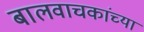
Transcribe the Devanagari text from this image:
बालवाचकांच्या